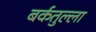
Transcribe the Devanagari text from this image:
बर्कतुल्ला